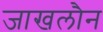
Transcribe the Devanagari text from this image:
जाखलौन